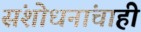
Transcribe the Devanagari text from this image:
संशोधनांचाही